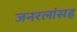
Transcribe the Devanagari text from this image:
जनरलांसह